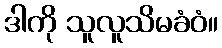
ဒါကို သူလူသိမခံဝံ။